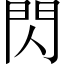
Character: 閃